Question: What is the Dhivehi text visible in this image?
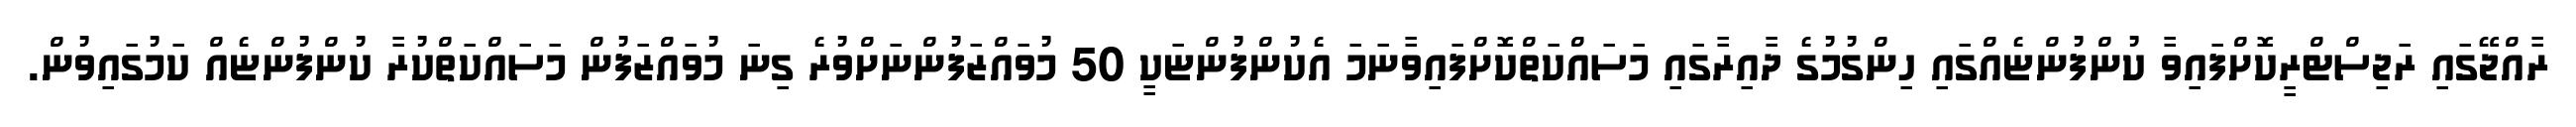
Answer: ރާއްޖޭގައި ރަޖިސްޓްރީކޮށްފައިވާ ކުންފުންޏެއްގައި ހިންގުމުގެ ދާއިރާގައި މަސައްކަތްކޮށްފައިވާނަމަ އެކުންފުންޏަކީ 50 މުވައްޒަފުންނަށްވުރެ ގިނަ މުވައްޒަފުން މަސައްކަތްކުރާ ކުންފުންޏެއް ކަމުގައިވުން.